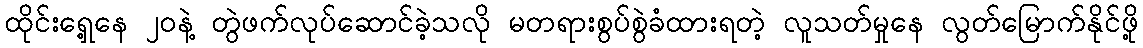
ထိုင်းရှေ့နေ ၂ဝနဲ့ တွဲဖက်လုပ်ဆောင်ခဲ့သလို မတရားစွပ်စွဲခံထားရတဲ့ လူသတ်မှုနေ လွတ်မြောက်နိုင်ဖို့